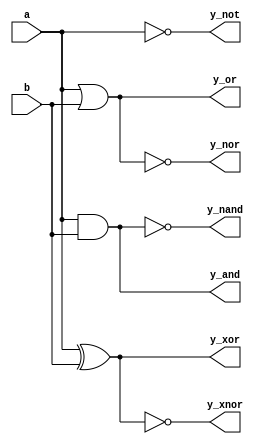
module gates(a,b,y_and,y_or,y_not,y_nand,y_nor,y_xor,y_xnor);
  input a,b;
  output y_and,y_or,y_not,y_nand,y_nor,y_xnor,y_xor;
  assign y_and=a&b,y_nand=!y_and;
  assign y_or=a | b,y_nor=!y_or;
  assign y_not=!a;
  assign y_xor=a^b,y_xnor=!y_xor;
endmodule